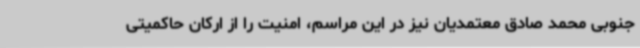
جنوبی محمد صادق معتمدیان نیز در این مراسم، امنیت را از ارکان حاکمیتی